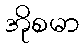
အိုစမာ